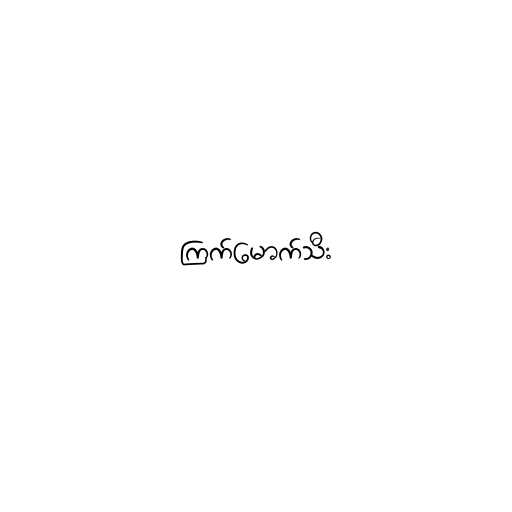
ကြက်မောက်သီး